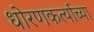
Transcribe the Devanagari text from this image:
धोरणकर्त्याच्या